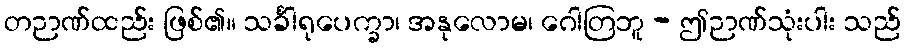
တဉာဏ်ထည်း ဖြစ်၏။ သင်္ခါရုပေက္ခာ၊ အနုလောမ၊ ဂေါတြဘူ - ဤဉာဏ်သုံးပါး သည်